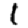
Digit: 1